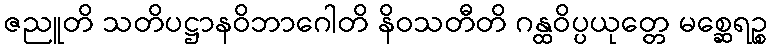
ဇညူတိ သတိပဋ္ဌာနဝိဘာဂေါတိ နိဝသတီတိ ဂန္ထဝိပ္ပယုတ္တေ မစ္ဆေရဉ္စ